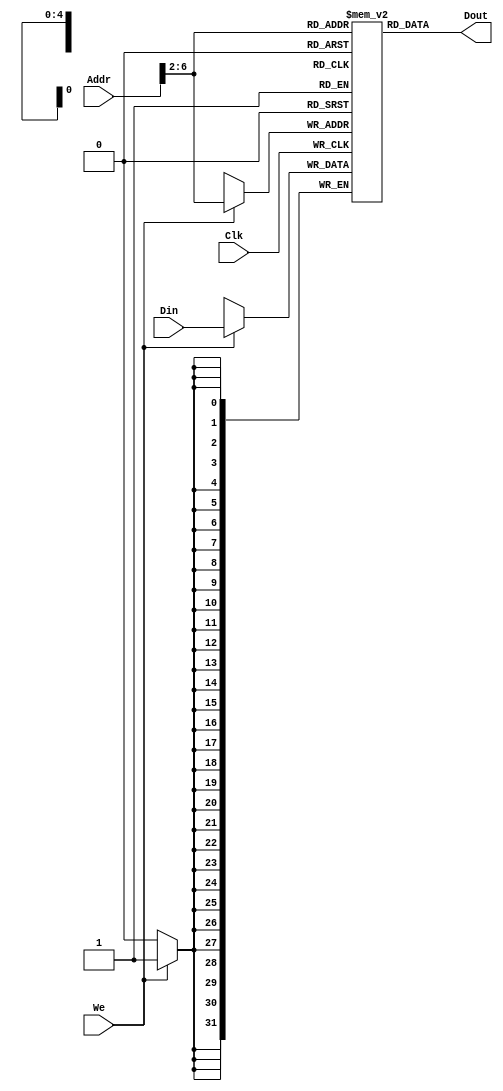
`timescale 1ns / 1ps
//////////////////////////////////////////////////////////////////////////////////
// Company: 
// Engineer: 
// 
// Design Name: 
// Module Name: DATAMEM
// Project Name: 
// Target Devices: 
// Tool Versions: 
// Description: 
// 
// Dependencies: 
// 
// Revision:
// Revision 0.01 - File Created
// Additional Comments:
// 
//////////////////////////////////////////////////////////////////////////////////


module DATAMEM(Addr,Din,Clk,We,Dout);
    input [31:0]Addr,Din;
    input Clk,We;
    output [31:0]Dout;
	reg [31:0]ram[0:31];
	integer i;
	initial begin
        for ( i = 0 ; i <= 31 ; i = i + 1) 
            ram [i] = 0;
    end
	always @ (posedge Clk) begin
        if (We) ram[Addr[6:2]] <= Din;
	end
	assign Dout = ram[Addr[6:2]];
endmodule